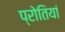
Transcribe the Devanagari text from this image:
प्रोतियां